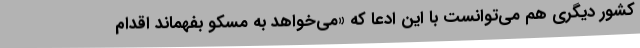
کشور دیگری هم می‌توانست با این ادعا که «می‌خواهد به مسکو بفهماند اقدام